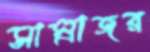
সাম্রাজর